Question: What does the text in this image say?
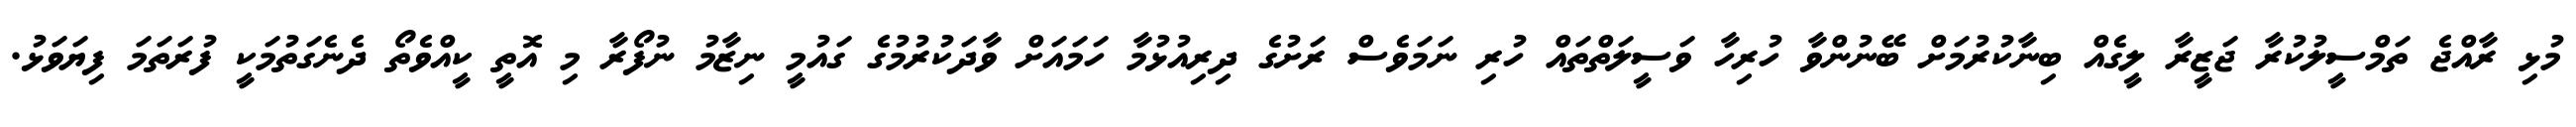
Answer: މުޅި ރާއްޖެ ތަމްސީލުކުރާ ޖަޒީރާ ލީގެއް ބިނާކުރުމަށް ބޭނުންވާ ހުރިހާ ވަސީލަތްތައް ހުރި ނަމަވެސް ރަށުގެ ދިރިއުޅުމާ ހަމައަށް ވާދަކުރުމުގެ ގައުމީ ނިޒާމު ނުފޯރާ މި އޮތީ ކީއްވެތޯ ދެނެގަތުމަކީ ފުރަތަމަ ފިޔަވަޅު.